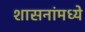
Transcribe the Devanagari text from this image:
शासनांमध्ये